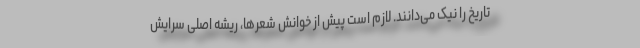
تاریخ را نیک می‌دانند. لازم است پیش از خوانش شعرها، ریشه اصلی سرایش